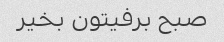
صبح برفیتون بخیر